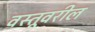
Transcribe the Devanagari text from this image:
वस्तूवरील